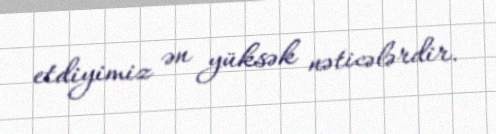
etdiyimiz ən yüksək nəticələrdir.